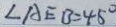
\angle A E B = 4 5 ^ { \circ }